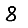
Digit: 8